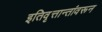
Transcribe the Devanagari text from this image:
इतिवृत्तान्तांवरून